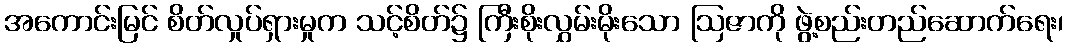
အကောင်းမြင် စိတ်လှုပ်ရှားမှုက သင့်စိတ်၌ ကြီးစိုးလွှမ်းမိုးသော ဩဇာကို ဖွဲ့စည်းတည်ဆောက်ရေး၊